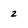
Character: 2